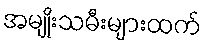
အမျိုးသမီးများထက်